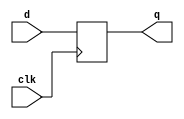
module R1 (d, clk, q);
	input d, clk;
	output reg q;
	
	always @ (posedge clk)
	begin
		q <= d;
	end
	
endmodule